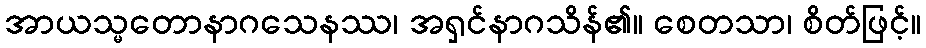
အာယသ္မတောနာဂသေနဿ၊ အရှင်နာဂသိန်၏။ စေတသာ၊ စိတ်ဖြင့်။